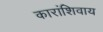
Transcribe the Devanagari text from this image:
कारांशिवाय